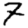
Digit: 7